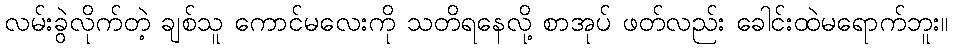
လမ်းခွဲလိုက်တဲ့ ချစ်သူ ကောင်မလေးကို သတိရနေလို့ စာအုပ် ဖတ်လည်း ခေါင်းထဲမရောက်ဘူး။